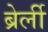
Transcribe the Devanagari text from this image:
ब्रेर्ली